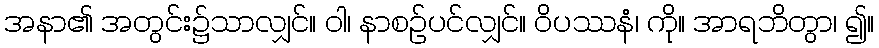
အနာ၏ အတွင်း၌သာလျှင်။ ဝါ၊ နာစဉ်ပင်လျှင်။ ဝိပဿနံ၊ ကို။ အာရဘိတွာ၊ ၍။